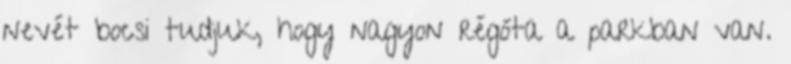
nevét bocsi tudjuk, hogy nagyon régóta a parkban van.